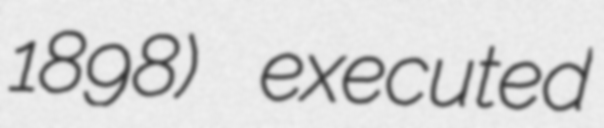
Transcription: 1898) executed